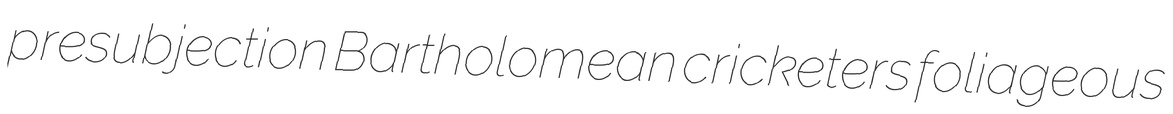
presubjection Bartholomean cricketers foliageous